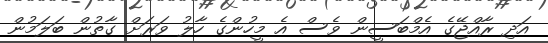
އަދި ރާއްޖޭގެ އެމްބަސީން ވެސް އެ މީހުންގެ ހާލު ވަރަށް ގާތުން ބަލަމުން